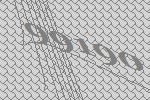
99190